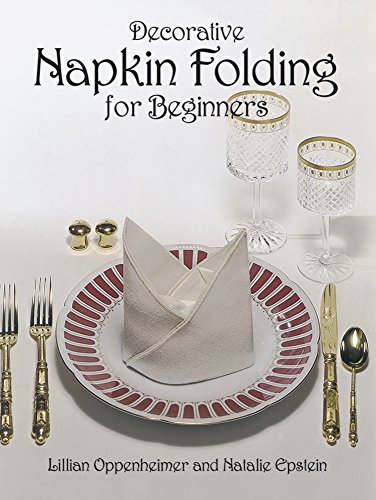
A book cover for Decorative Napkin Folding for Beginners; Lillian Oppenheimer; Cookbooks, Food & Wine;